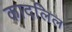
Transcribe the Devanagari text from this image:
कादलिल